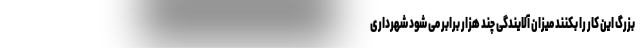
بزرگ این کار را بکنند میزان آلایندگی چند هزار برابر می شود شهرداری